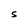
Character: S